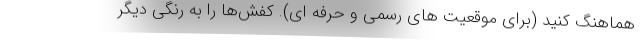
هماهنگ کنید (برای موقعیت های رسمی و حرفه ای). کفش‌ها را به رنگی دیگر